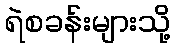
ရဲစခန်းများသို့